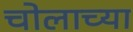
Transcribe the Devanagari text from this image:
चोलाच्या